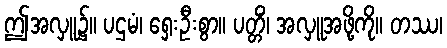
ဤအလှူ၌။ ပဌမံ၊ ရှေးဦးစွာ။ ပတ္တိံ၊ အလှူအဖို့ကို။ တဿ၊